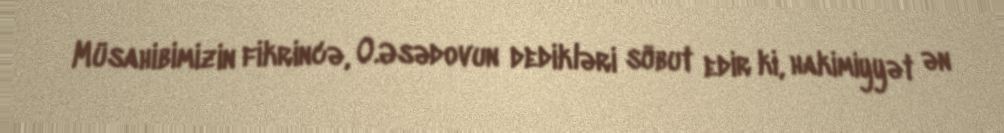
Müsahibimizin fikrincə, O.Əsədovun dedikləri sübut edir ki, hakimiyyət ən